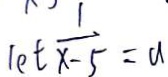
l e t \frac { 1 } { x - 5 } = a